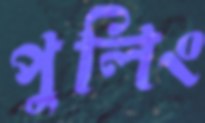
পুলিং